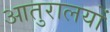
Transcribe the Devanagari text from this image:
आतुरालयों